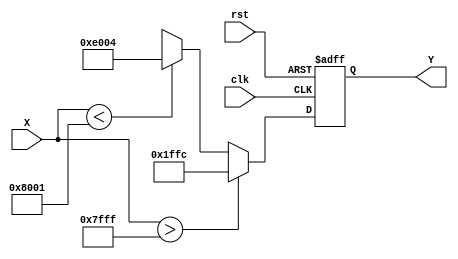
module atan_block (
    input wire clk,
    input wire rst,
    input wire signed [15:0] X,  // Fixed-point input (16-bit signed)
    output reg signed [15:0] Y    // Fixed-point output (16-bit signed)
);

    // Constants for fixed-point representation of /2
    parameter PI_OVER_2 = 16'h1FFC; // Approximation of /2 in fixed-point (16-bit)
    
    // Internal registers
    reg signed [31:0] x_squared; // To hold X^2 for polynomial approximation
    reg signed [31:0] term;       // To hold each term in the Taylor series
    reg signed [31:0] atan_value; // Accumulated atan value
    integer i;

    // Polynomial approximation coefficients for atan(x)
    // atan(x)  x - (x^3)/3 + (x^5)/5 - (x^7)/7 + ...
    // This example uses the first 5 terms for approximation
    always @(posedge clk or posedge rst) begin
        if (rst) begin
            Y <= 0;
        end else begin
            // Initialize
            atan_value = 0;
            x_squared = X * X;
            term = X; // Start with the first term (X)

            // Compute atan using the first 5 terms of the Taylor series
            for (i = 1; i <= 5; i = i + 1) begin
                if (i % 2 == 1) begin
                    atan_value = atan_value + term / i; // Add odd terms
                end else begin
                    atan_value = atan_value - term / i; // Subtract even terms
                end
                term = term * x_squared / 16'h10000; // Update term to x^(2*i+1)
            end

            // Handle edge cases
            if (X > 16'h7FFF) begin // Positive infinity
                Y <= PI_OVER_2;
            end else if (X < -16'h7FFF) begin // Negative infinity
                Y <= -PI_OVER_2;
            end else begin
                Y <= atan_value[15:0]; // Assign the computed atan value
            end
        end
    end

endmodule